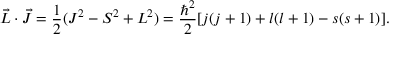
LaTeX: { \vec { L } } \cdot { \vec { J } } = { \frac { 1 } { 2 } } ( J ^ { 2 } - S ^ { 2 } + L ^ { 2 } ) = { \frac { \hbar ^ { 2 } } { 2 } } [ j ( j + 1 ) + l ( l + 1 ) - s ( s + 1 ) ] .